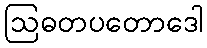
ဩဓတပတောဒေါ